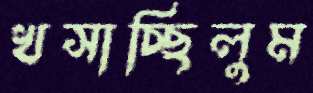
খসাচ্ছিলুম